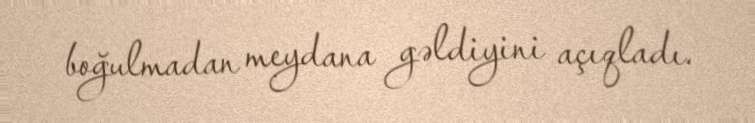
boğulmadan meydana gəldiyini açıqladı.